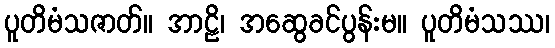
ပူတိမံသဇာတ်။ အာဠိ၊ အဆွေခင်ပွန်းမ။ ပူတိမံသဿ၊